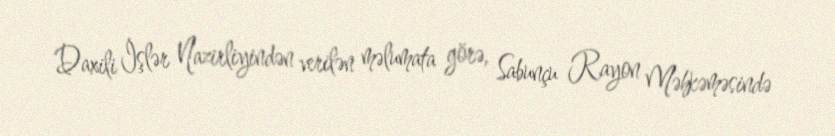
Daxili İşlər Nazirliyindən verilən məlumata görə, Sabunçu Rayon Məhkəməsində